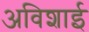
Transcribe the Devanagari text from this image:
अविशाई